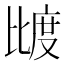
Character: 𰚌